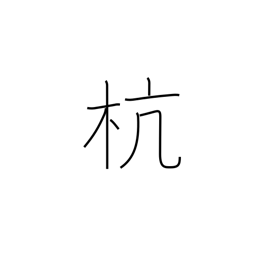
Meaning: picket